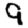
Digit: 9